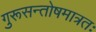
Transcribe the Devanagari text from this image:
गुरूसन्तोषमात्रतः